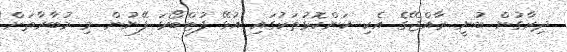
ދިރާގުން ބުނީ ރާއްޖޭގެ އެކި ކަންކޮޅުތަކުގައި އުޅޭ ފުޓްބޯޅަ ފޭނުން މި މުބާރާތަށް